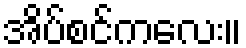
အိပ်စင်ကလေး။